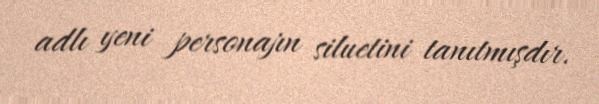
adlı yeni personajın siluetini tanıtmışdır.